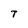
Character: T